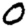
Digit: 0